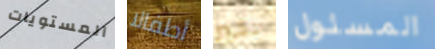
المستويات أطفالا بخير المسئول